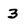
Character: 3